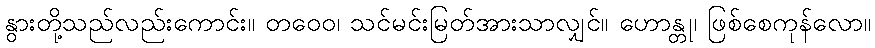
နွားတို့သည်လည်းကောင်း။ တဝေဝ၊ သင်မင်းမြတ်အားသာလျှင်။ ဟောန္တု၊ ဖြစ်စေကုန်လော။